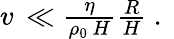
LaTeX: \begin{array}{r}{v\, \ll\frac{\eta}{\rho_{0}\, H}\frac{R}{H}\ .\ }\end{array}